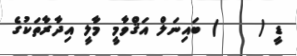
ޑީ (    ) ބައިނަލް އަޤްވާމީ މާލީ އިދާރާތަކުގެ